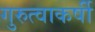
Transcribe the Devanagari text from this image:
गुरुत्वाकर्षी